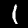
Label: 1